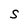
Character: S